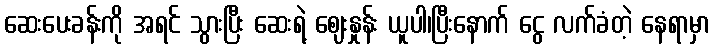
ဆေးပေးခန်းကို အရင် သွားပြီး ဆေးရဲ့ ဈေးနှုန်း ယူပါ၊ပြီးနောက် ငွေ လက်ခံတဲ့ နေရာမှာ